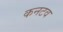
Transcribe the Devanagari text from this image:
कनटव